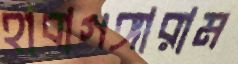
হাবাগঙ্গারাম